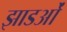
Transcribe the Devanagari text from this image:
झाडओं